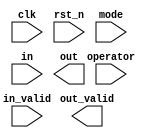
// 2023 FPGA
// FIANL : Polish Notation(PN)
//
// -----------------------------------------------------------------------------
// Communication IC & Signal Processing Lab 716
// -----------------------------------------------------------------------------
// Create : 2023-02-27 13:19:54
// Revise : 2023-02-27 13:19:54
// Editor : sublime text4, tab size (4)
// -----------------------------------------------------------------------------
module PN(
	input clk,
	input rst_n,
	input [1:0] mode,
	input operator,
	input [2:0] in,
	input in_valid,
	output out_valid,
	output signed [31:0] out
    );
	
//================================================================
//   PARAMETER/INTEGER
//================================================================

//integer
integer i;

//================================================================
//   REG/WIRE
//================================================================

//================================================================
//   Design
//================================================================



endmodule